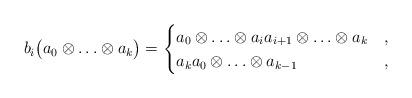
LaTeX: \begin{align*} b_i \big( a_0 \otimes \ldots \otimes a_k \big) = \begin{cases} a_0 \otimes \ldots \otimes a_i a_{i+1} \otimes \ldots \otimes a_k & ,\\ a_k a_0 \otimes \ldots \otimes a_{k-1} & , \end{cases}\end{align*}